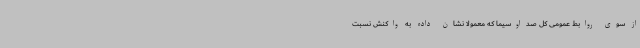
از سوی روابط عمومی کل صداوسیما که معمولا نشان داده‌ به واکنش‌ نسبت